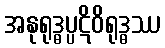
အနုရုဒ္ဓပ္ပဋိဝိရုဒ္ဓဿ